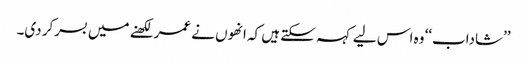
’’شاداب‘‘ وہ اس لیے کہہ سکتے ہیں کہ انھوں نے عمر لکھنے میں بسرکر دی۔